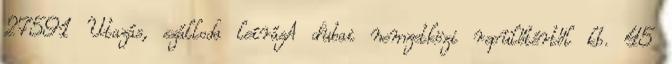
27591 Utazás, szálloda leírásA dubai nemzetközi repülőtértől kb. 45